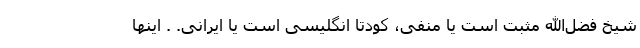
شیخ فضل‌الله مثبت است یا منفی، کودتا انگلیسی است یا ایرانی. . اینها